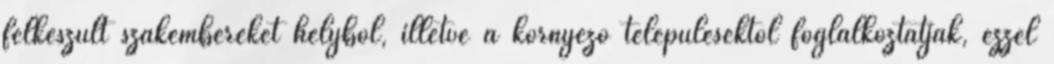
felkészült szakembereket helybôl, illetve a környezô településektôl foglalkoztatják, ezzel